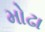
મોઢા